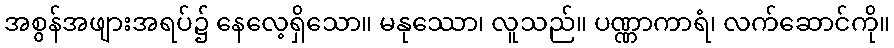
အစွန်အဖျားအရပ်၌ နေလေ့ရှိသော။ မနုဿော၊ လူသည်။ ပဏ္ဏာကာရံ၊ လက်ဆောင်ကို။